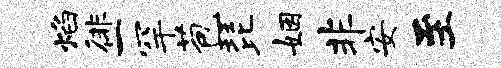
焰徘一罕苞琵姻非安至